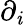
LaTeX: \partial_{\mathit{i}}